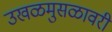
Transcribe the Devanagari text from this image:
उखळमुसळावरी